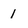
Character: 1